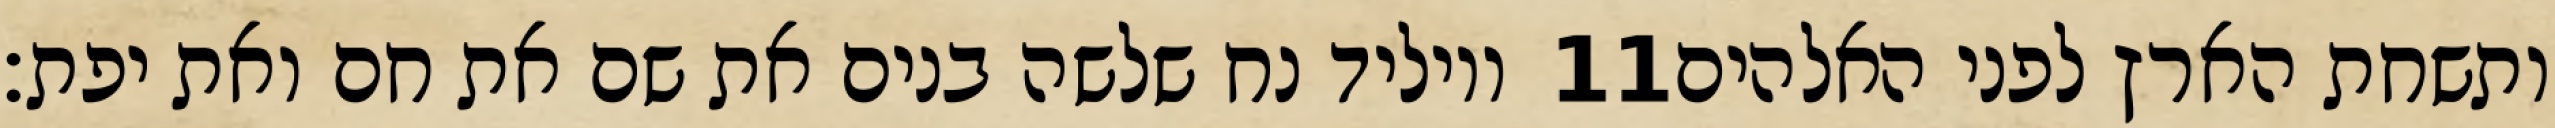
ויוליד נח שלשה בנים את שם את חם ואת יפת׃ ‎11‏ ותשחת הארץ לפני האלהים